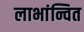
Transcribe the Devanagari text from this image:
लाभांन्वित